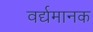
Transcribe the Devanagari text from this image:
वर्द्यमानक